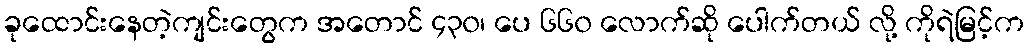
ခုထောင်းနေတဲ့ကျင်းတွေက အတောင် ၄၃၀၊ ပေ ၆၆၀ လောက်ဆို ပေါက်တယ် လို့ ကိုရဲမြင့်က